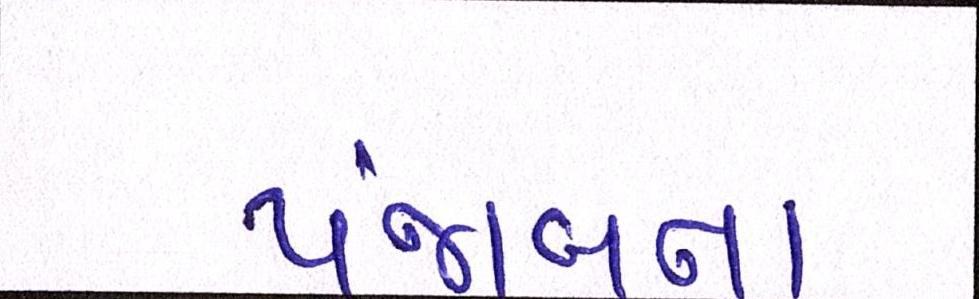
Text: પંજાબના